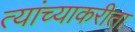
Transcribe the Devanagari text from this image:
त्यांच्याकरीता